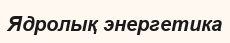
Ядролық энергетика